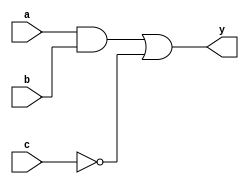
module combinational_logic (
    input wire a,
    input wire b,
    input wire c,
    output reg y
);

always @* begin
    // Combinational logic assignment using blocking assignment
    y = (a & b) | (~c); // Example logic: y is true if a AND b is true OR NOT c is true
end

endmodule